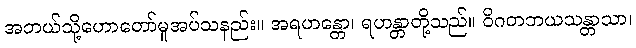
အဘယ်သို့ဟောတော်မူအပ်သနည်း။ အရဟန္တော၊ ရဟန္တာတို့သည်။ ဝိဂတဘယသန္တာသာ၊